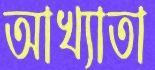
আখ্যাতা